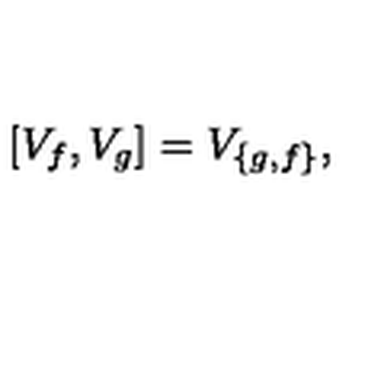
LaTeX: [ V _ { f } , V _ { g } ] = V _ { \{ g , f \} } ,